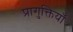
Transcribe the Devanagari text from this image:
प्रागुक्तियाँ